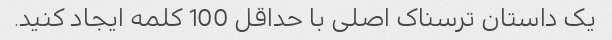
یک داستان ترسناک اصلی با حداقل 100 کلمه ایجاد کنید.